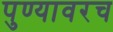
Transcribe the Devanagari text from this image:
पुण्यावरच